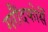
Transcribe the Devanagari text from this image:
गरौंदफोर्से